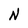
Character: N